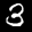
Label: 3